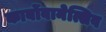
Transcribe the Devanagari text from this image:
कार्बोवानेत्सिव